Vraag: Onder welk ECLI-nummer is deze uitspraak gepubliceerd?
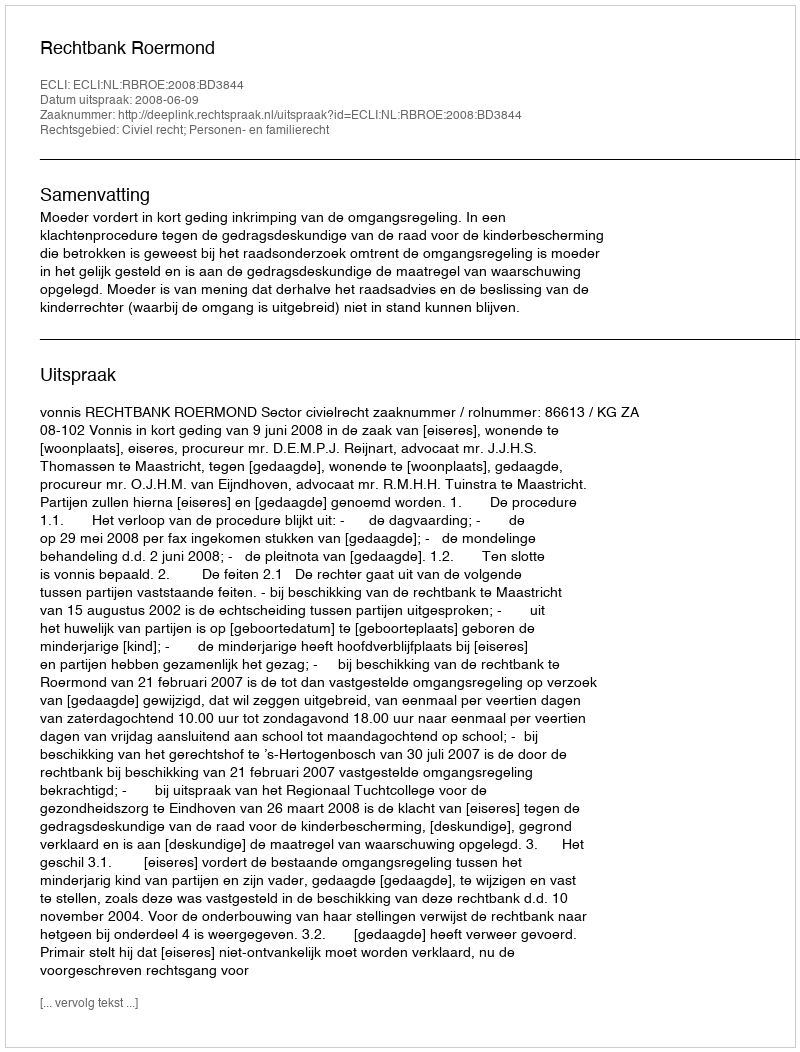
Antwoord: ECLI:NL:RBROE:2008:BD3844